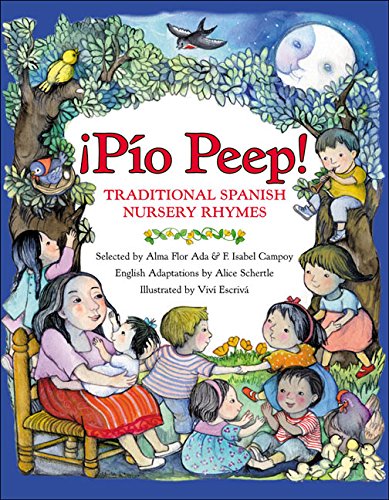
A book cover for Â¡PÃ­o Peep!: Traditional Spanish Nursery Rhymes (Spanish Edition); Alma Flor Ada; Literature & Fiction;